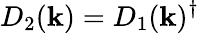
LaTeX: D_{2}(\mathbf{k})=D_{1}(\mathbf{k})^{\dagger}